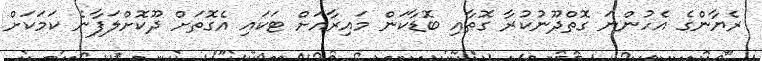
ރެޔާންގެ އެހުންނަ ގޮތްދޫނުކުރާ ގޮތާއި ބޮޑާކަން މައިރާއަށް ޓަކައި އެގޮތަށް ދޫކޮށްލަފާނެ ކަމަކަށް